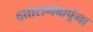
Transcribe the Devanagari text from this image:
दत्तारामबापूंना